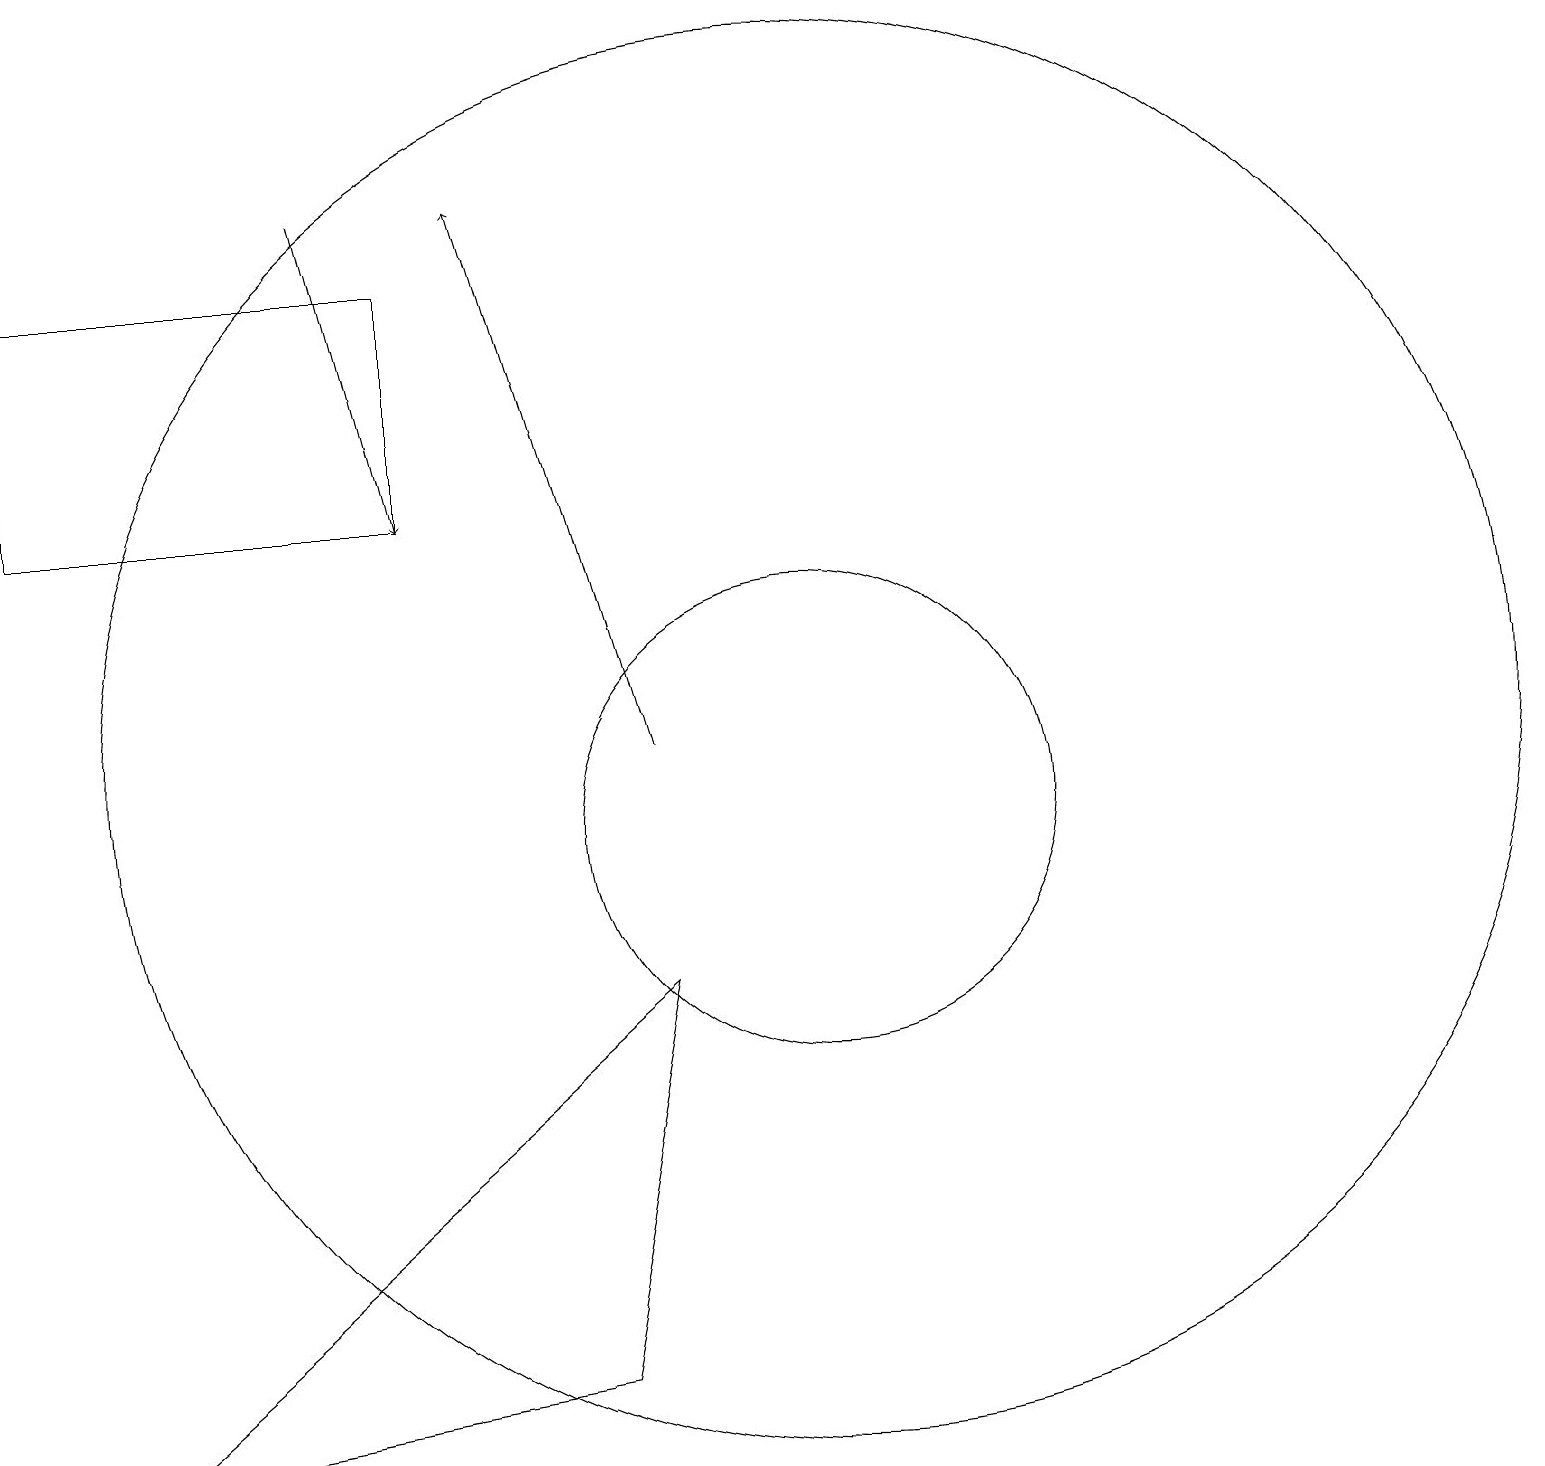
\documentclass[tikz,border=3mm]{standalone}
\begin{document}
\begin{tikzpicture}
\draw (10,11) circle (9);
\draw[->] (4,18) -- (5,14);
\draw (0,17) rectangle (5,14);
\draw (1,2) -- (7,3) -- (8,8) -- cycle;
\draw (10,10) circle (3);
\draw[->] (8,11) -- (6,18);
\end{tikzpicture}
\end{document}